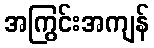
အကြွင်းအကျန်